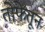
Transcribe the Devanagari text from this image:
तोफेतून